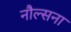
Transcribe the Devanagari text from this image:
नौल्सना